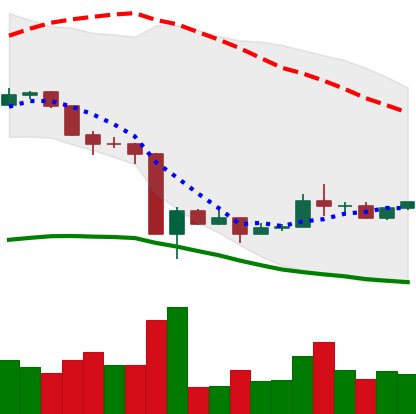
Ticker: ADA-USD
Chart end date: 2020-03-24
Forward return: -6.345%
Label: down_5_7